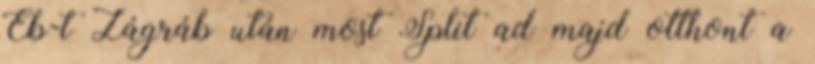
Eb-t Zágráb után most Split ad majd otthont a